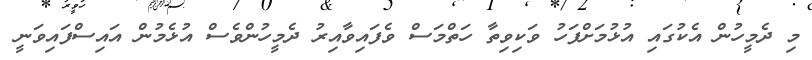
މި ދެމީހުން އެކުގައި އުޅުމަށްފަހު ވަކިވިތާ ހަތްމަސް ވެފައިވާއިރު ދެމީހުންވެސް އުޅެމުން އައިސްފައިވަނީ